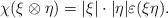
LaTeX: \begin{align*} \chi(\xi\otimes\eta)=|\xi|\cdot|\eta|\varepsilon(\xi\eta).\end{align*}